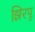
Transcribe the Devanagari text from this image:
झिरपू